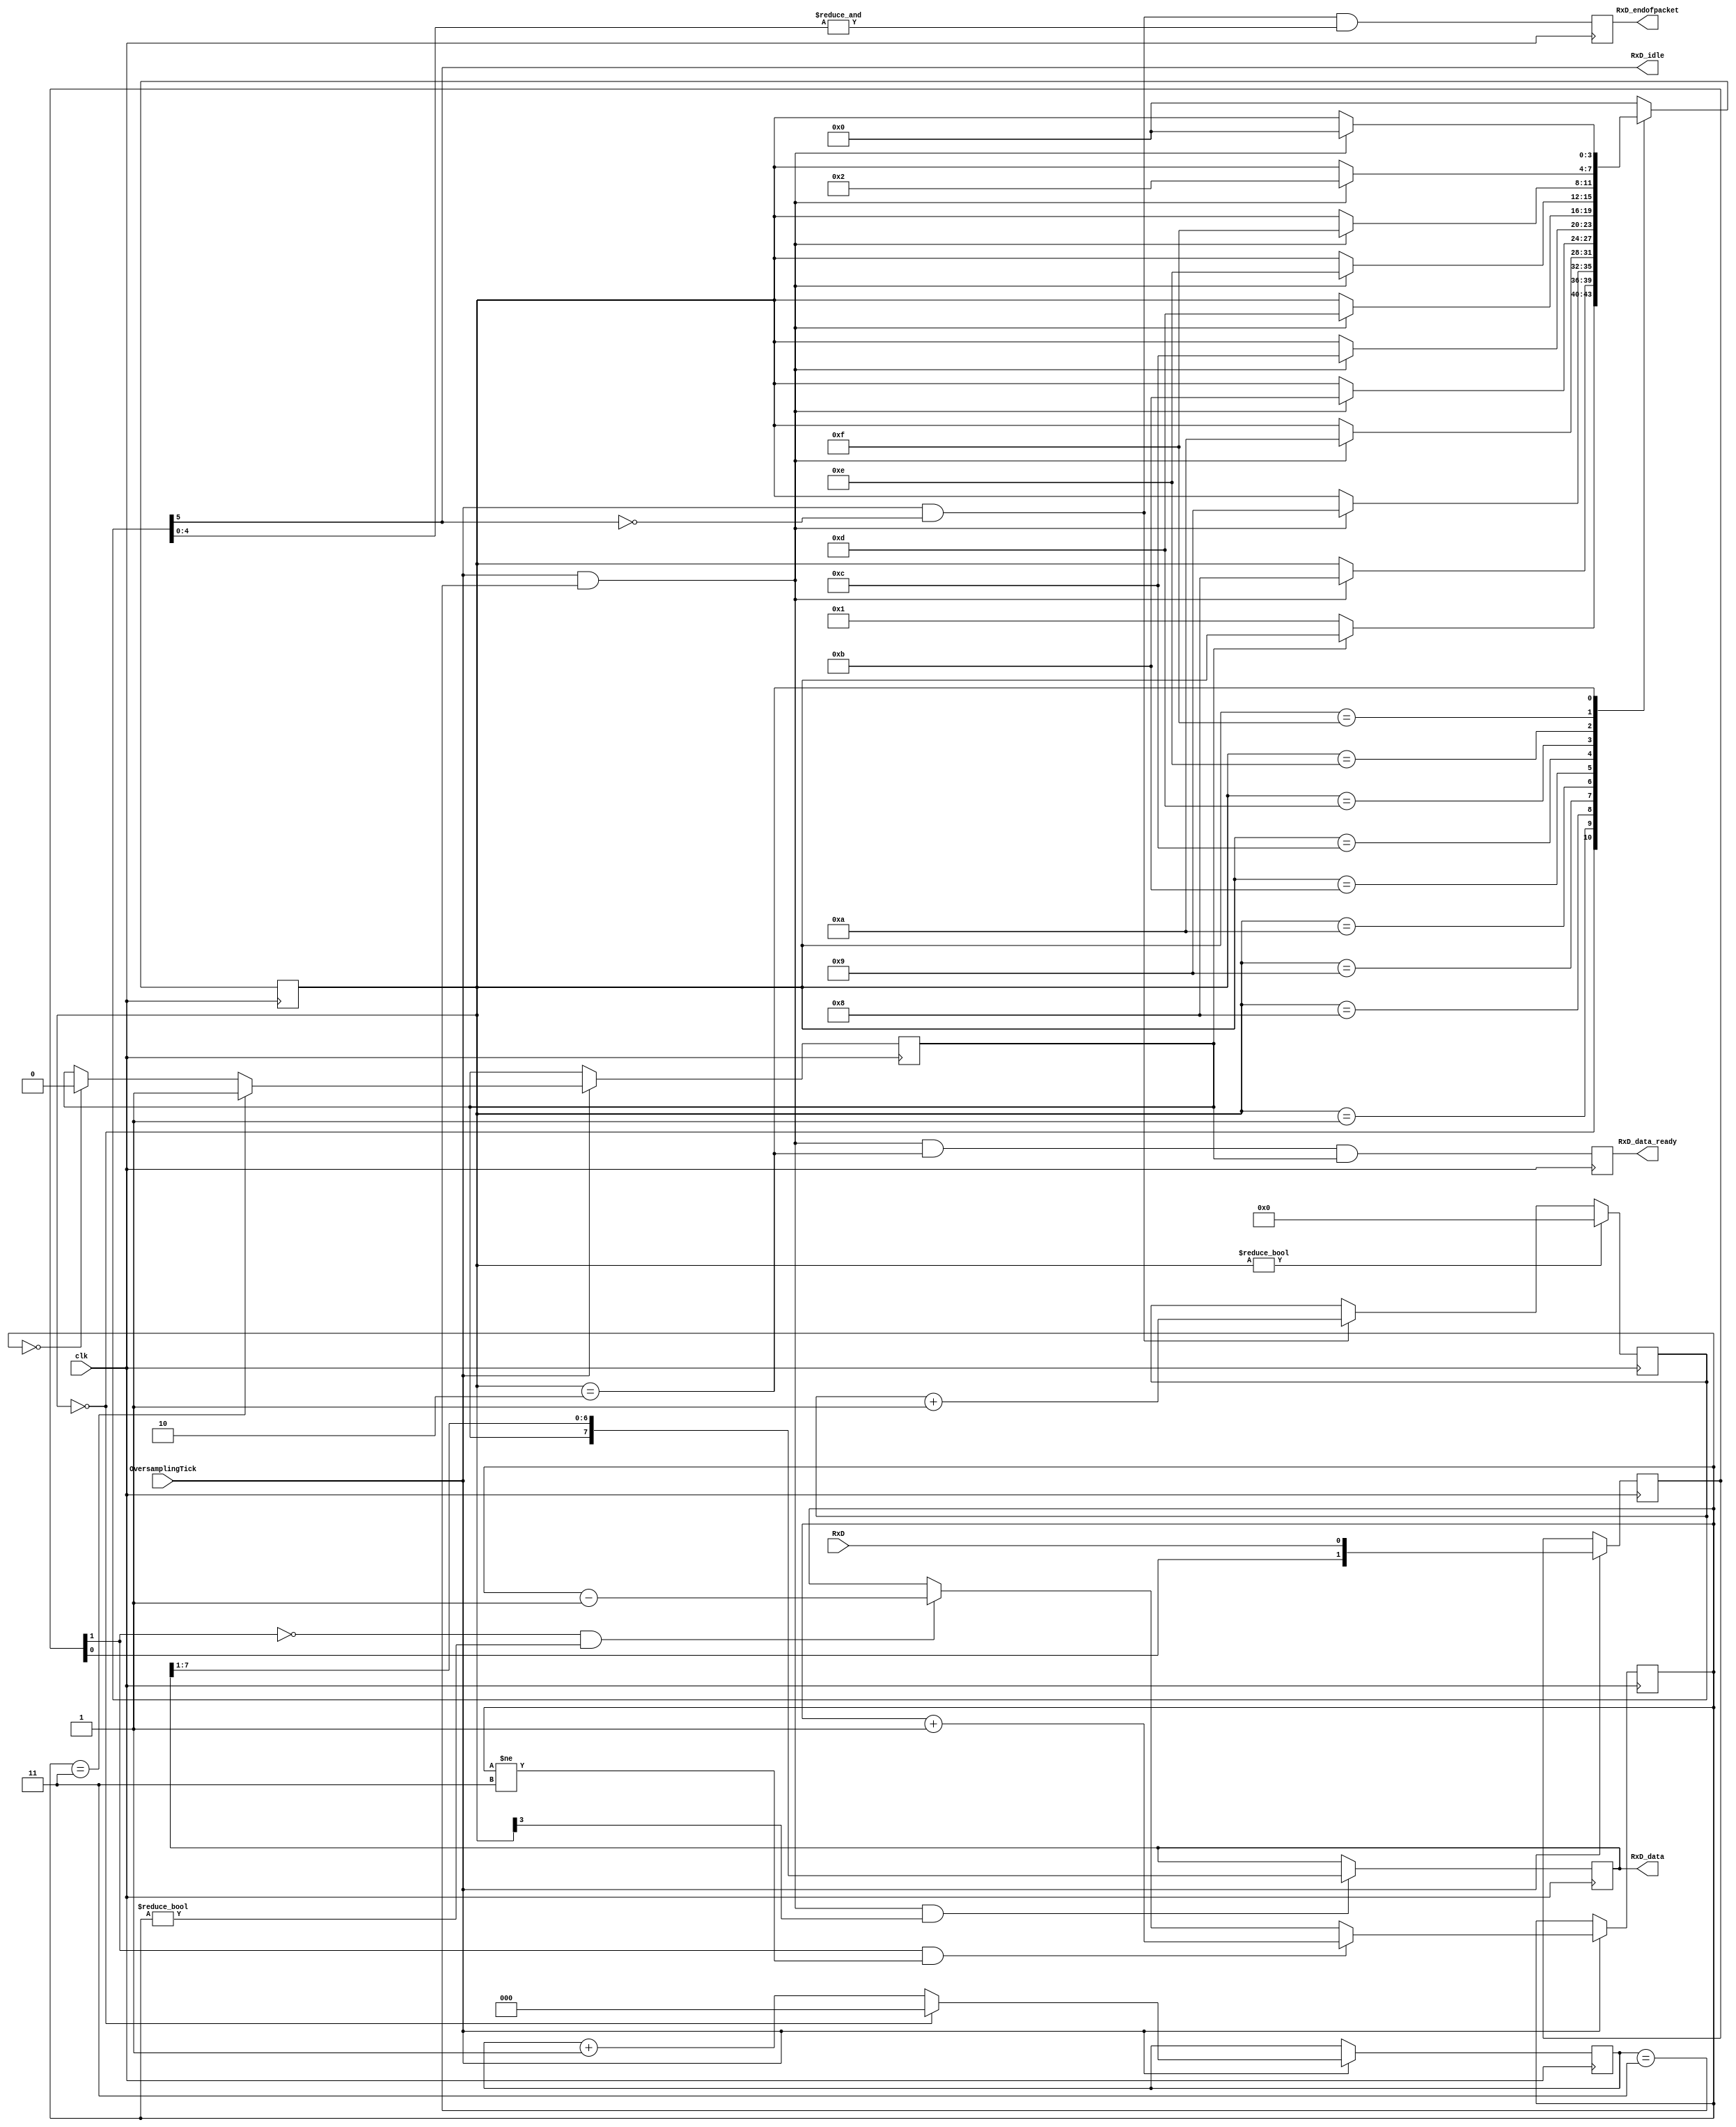

module async_receiver(
	input clk,
	input OversamplingTick,
	input RxD,
	output reg RxD_data_ready = 0,
	output reg [7:0] RxD_data = 0,  // data received, valid only (for one clock cycle) when RxD_data_ready is asserted

	// We also detect if a gap occurs in the received stream of characters
	// That can be useful if multiple characters are sent in burst
	//  so that multiple characters can be treated as a "packet"
	output RxD_idle,  // asserted when no data has been received for a while
	output reg RxD_endofpacket = 0  // asserted for one clock cycle when a packet has been detected (i.e. RxD_idle is going high)
);

parameter ClkFrequency = 25000000; // 25MHz
parameter Baud = 115200;

parameter Oversampling = 8;  // needs to be a power of 2
// we oversample the RxD line at a fixed rate to capture each RxD data bit at the "right" time
// 8 times oversampling by default, use 16 for higher quality reception

generate
	if(ClkFrequency<Baud*Oversampling) ASSERTION_ERROR PARAMETER_OUT_OF_RANGE("Frequency too low for current Baud rate and oversampling");
	if(Oversampling<8 || ((Oversampling & (Oversampling-1))!=0)) ASSERTION_ERROR PARAMETER_OUT_OF_RANGE("Invalid oversampling value");
endgenerate

////////////////////////////////
reg [3:0] RxD_state = 0;

//`ifdef SIMULATION
//wire RxD_bit = RxD;
//wire sampleNow = 1'b1;  // receive one bit per clock cycle

//`else
//wire OversamplingTick;
//BaudTickGen #(ClkFrequency, Baud, Oversampling) tickgen(.clk(clk), .enable(1'b1), .tick(OversamplingTick));

// synchronize RxD to our clk domain
reg [1:0] RxD_sync = 2'b11;
always @(posedge clk) if(OversamplingTick) RxD_sync <= {RxD_sync[0], RxD};

// and filter it
reg [1:0] Filter_cnt = 2'b11;
reg RxD_bit = 1'b1;

always @(posedge clk)
if(OversamplingTick)
begin
	if(RxD_sync[1]==1'b1 && Filter_cnt!=2'b11) Filter_cnt <= Filter_cnt + 1'd1;
	else 
	if(RxD_sync[1]==1'b0 && Filter_cnt!=2'b00) Filter_cnt <= Filter_cnt - 1'd1;

	if(Filter_cnt==2'b11) RxD_bit <= 1'b1;
	else
	if(Filter_cnt==2'b00) RxD_bit <= 1'b0;
end

// and decide when is the good time to sample the RxD line
function integer log2(input integer v); begin log2=0; while(v>>log2) log2=log2+1; end endfunction
localparam l2o = log2(Oversampling);
reg [l2o-2:0] OversamplingCnt = 0;
always @(posedge clk) if(OversamplingTick) OversamplingCnt <= (RxD_state==0) ? 1'd0 : OversamplingCnt + 1'd1;
wire sampleNow = OversamplingTick && (OversamplingCnt==Oversampling/2-1);

// now we can accumulate the RxD bits in a shift-register
always @(posedge clk)
case(RxD_state)
	4'b0000: if(~RxD_bit) RxD_state <= `ifdef SIMULATION 4'b1000 `else 4'b0001 `endif;  // start bit found?
	4'b0001: if(sampleNow) RxD_state <= 4'b1000;  // sync start bit to sampleNow
	4'b1000: if(sampleNow) RxD_state <= 4'b1001;  // bit 0
	4'b1001: if(sampleNow) RxD_state <= 4'b1010;  // bit 1
	4'b1010: if(sampleNow) RxD_state <= 4'b1011;  // bit 2
	4'b1011: if(sampleNow) RxD_state <= 4'b1100;  // bit 3
	4'b1100: if(sampleNow) RxD_state <= 4'b1101;  // bit 4
	4'b1101: if(sampleNow) RxD_state <= 4'b1110;  // bit 5
	4'b1110: if(sampleNow) RxD_state <= 4'b1111;  // bit 6
	4'b1111: if(sampleNow) RxD_state <= 4'b0010;  // bit 7
	4'b0010: if(sampleNow) RxD_state <= 4'b0000;  // stop bit
	default: RxD_state <= 4'b0000;
endcase

always @(posedge clk)
if(sampleNow && RxD_state[3]) RxD_data <= {RxD_bit, RxD_data[7:1]};

//reg RxD_data_error = 0;
always @(posedge clk)
begin
	RxD_data_ready <= (sampleNow && RxD_state==4'b0010 && RxD_bit);  // make sure a stop bit is received
	//RxD_data_error <= (sampleNow && RxD_state==4'b0010 && ~RxD_bit);  // error if a stop bit is not received
end

`ifdef SIMULATION
assign RxD_idle = 0;
`else
reg [l2o+1:0] GapCnt = 0;
always @(posedge clk) if (RxD_state!=0) GapCnt<=0; else if(OversamplingTick & ~GapCnt[log2(Oversampling)+1]) GapCnt <= GapCnt + 1'h1;
assign RxD_idle = GapCnt[l2o+1];
always @(posedge clk) RxD_endofpacket <= OversamplingTick & ~GapCnt[l2o+1] & &GapCnt[l2o:0];
`endif

endmodule